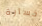
خسارة